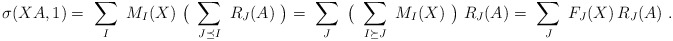
\begin{align*}\sigma(XA,1) = \ \sum_I \ M_I(X)\ \big( \ \sum_{J\preceq I} \ R_J(A) \ \big)=\ \sum_J \ \big(\ \sum_{I\succeq J}\ M_I(X)\ \big) \ R_J(A)=\ \sum_J \ F_J(X)\, R_J(A) \ .\end{align*}